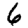
Digit: 6